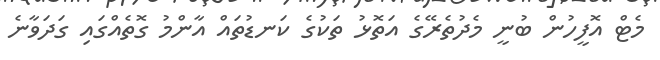
މެޓް އޮފީހުން ބުނީ މެދުތެރޭގެ އަތޮޅު ތަކުގެ ކަނޑުތައް އާންމު ގޮތެއްގައި ގަދަވާނެ